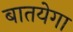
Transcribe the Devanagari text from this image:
बातयेगा